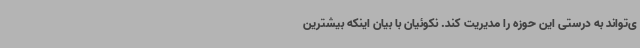
ی‌تواند به درستی این حوزه را مدیریت کند. نکوئیان با بیان اینکه بیشترین